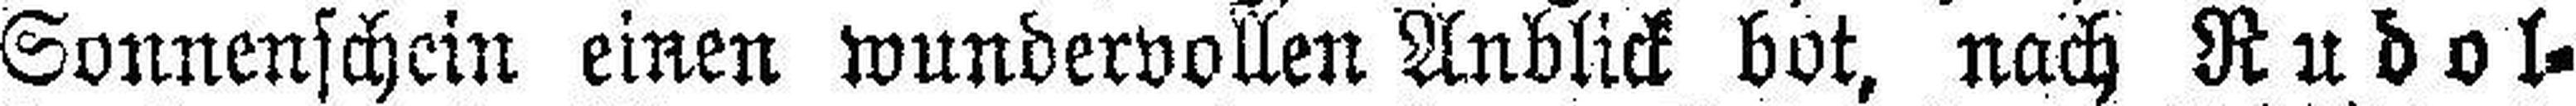
Sonnenschein einen wundervollen Anblick bot, nach Rudol¬